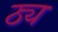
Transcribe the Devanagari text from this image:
ठ्य